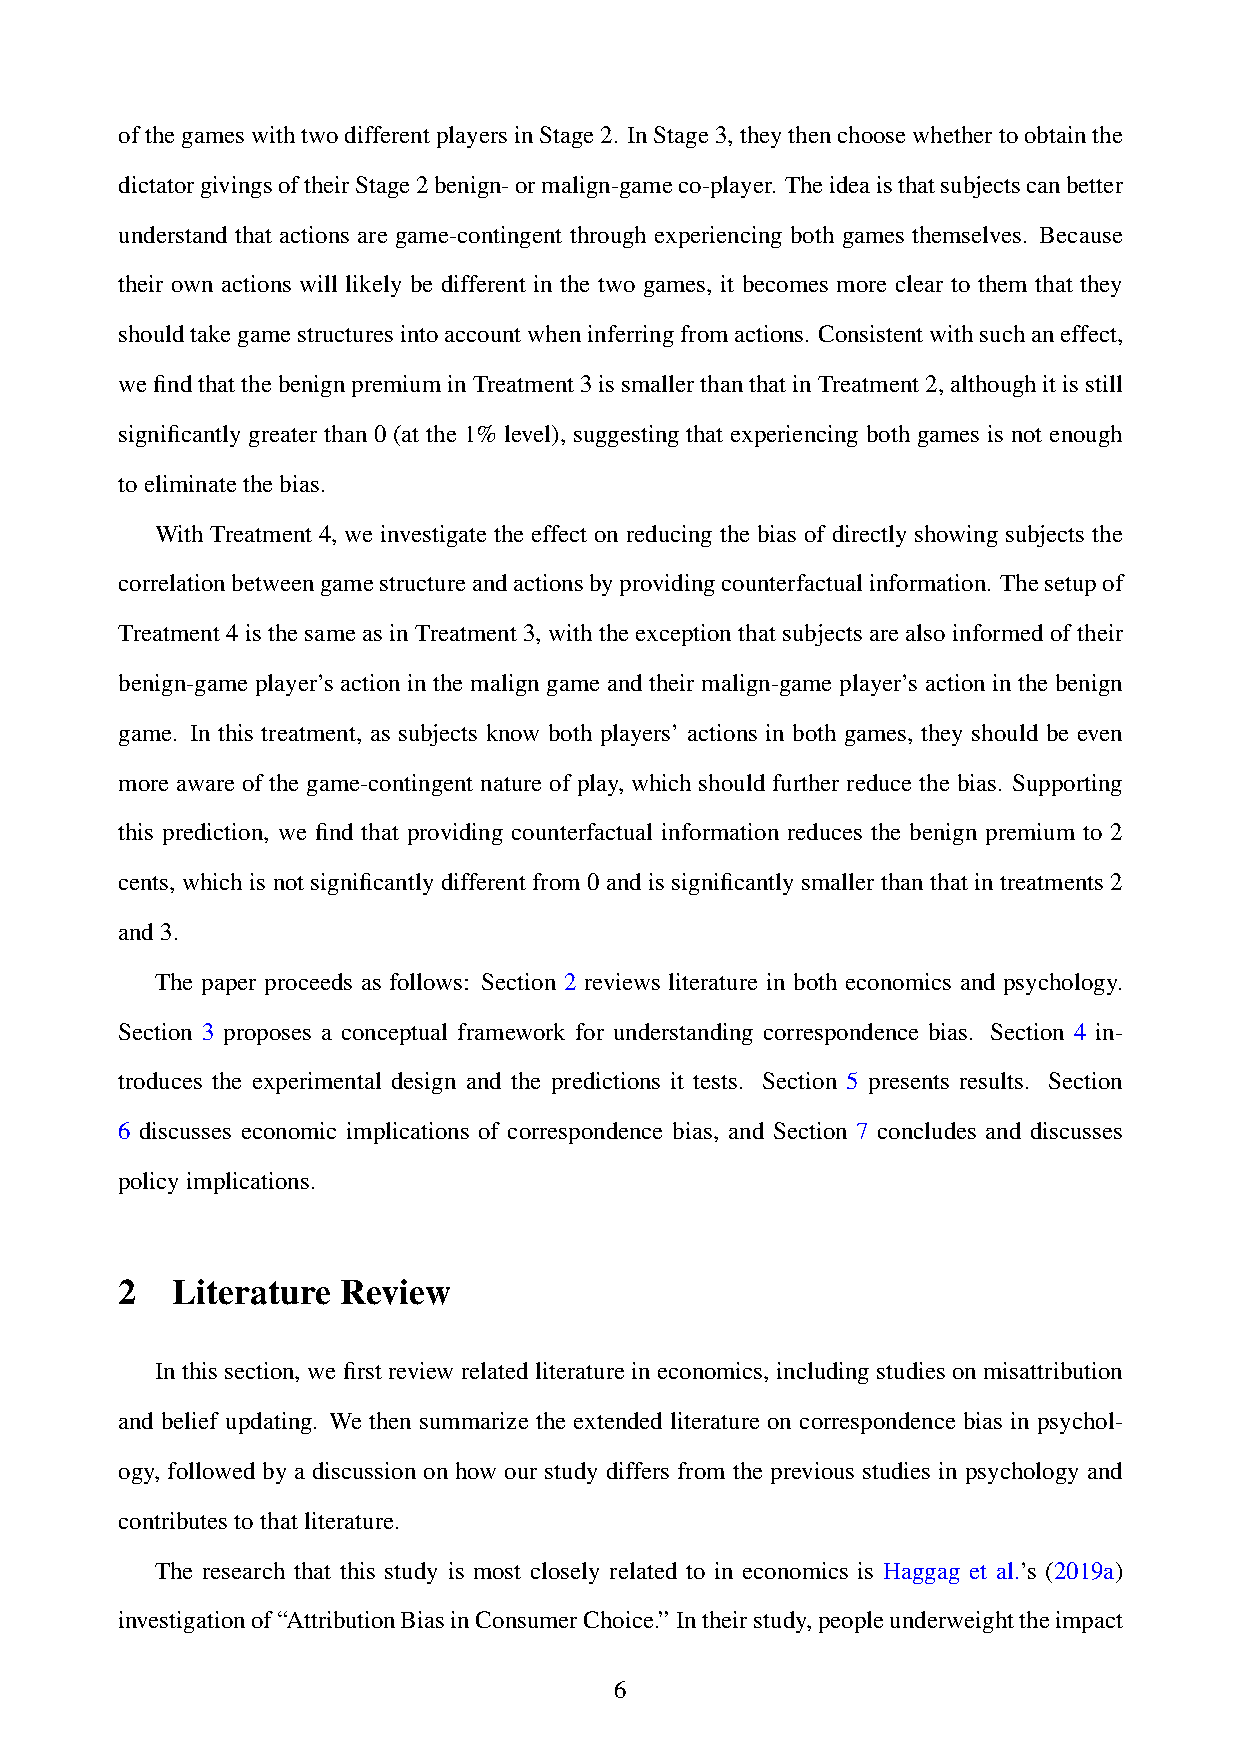
ofthegameswithtwodifferentplayersinStage2. InStage3,theythenchoosewhethertoobtainthe
 dictatorgivingsoftheirStage2benign-ormalign-gameco-player. Theideaisthatsubjectscanbetter
 understand that actions are game-contingent through experiencing both games themselves. Because
 their own actions will likely be different in the two games, it becomes more clear to them that they
 shouldtakegamestructuresintoaccountwheninferringfromactions. Consistentwithsuchaneffect,
 wefindthatthebenignpremiuminTreatment3issmallerthanthatinTreatment2,althoughitisstill
 significantly greater than 0 (at the 1% level), suggesting that experiencing both games is not enough
 toeliminatethebias.
 With Treatment 4, we investigate the effect on reducing the bias of directly showing subjects the
 correlationbetweengamestructureandactionsbyprovidingcounterfactualinformation. Thesetupof
 Treatment 4 is the same as in Treatment 3, with the exception that subjects are also informed of their
 benign-game player’s action in the malign game and their malign-game player’s action in the benign
 game. In this treatment, as subjects know both players’ actions in both games, they should be even
 more aware of the game-contingent nature of play, which should further reduce the bias. Supporting
 this prediction, we find that providing counterfactual information reduces the benign premium to 2
 cents, which is not significantly different from 0 and is significantly smaller than that in treatments 2
 and3.
 The paper proceeds as follows: Section 2 reviews literature in both economics and psychology.
 Section 3 proposes a conceptual framework for understanding correspondence bias. Section 4 in-
 troduces the experimental design and the predictions it tests. Section 5 presents results. Section
 6 discusses economic implications of correspondence bias, and Section 7 concludes and discusses
 policyimplications.
 2  Literature Review
 In this section, we first review related literature in economics, including studies on misattribution
 and belief updating. We then summarize the extended literature on correspondence bias in psychol-
 ogy, followed by a discussion on how our study differs from the previous studies in psychology and
 contributestothatliterature.
 The research that this study is most closely related to in economics is Haggag et al.’s (2019a)
 investigationof“AttributionBiasinConsumerChoice.” Intheirstudy,peopleunderweighttheimpact
 6